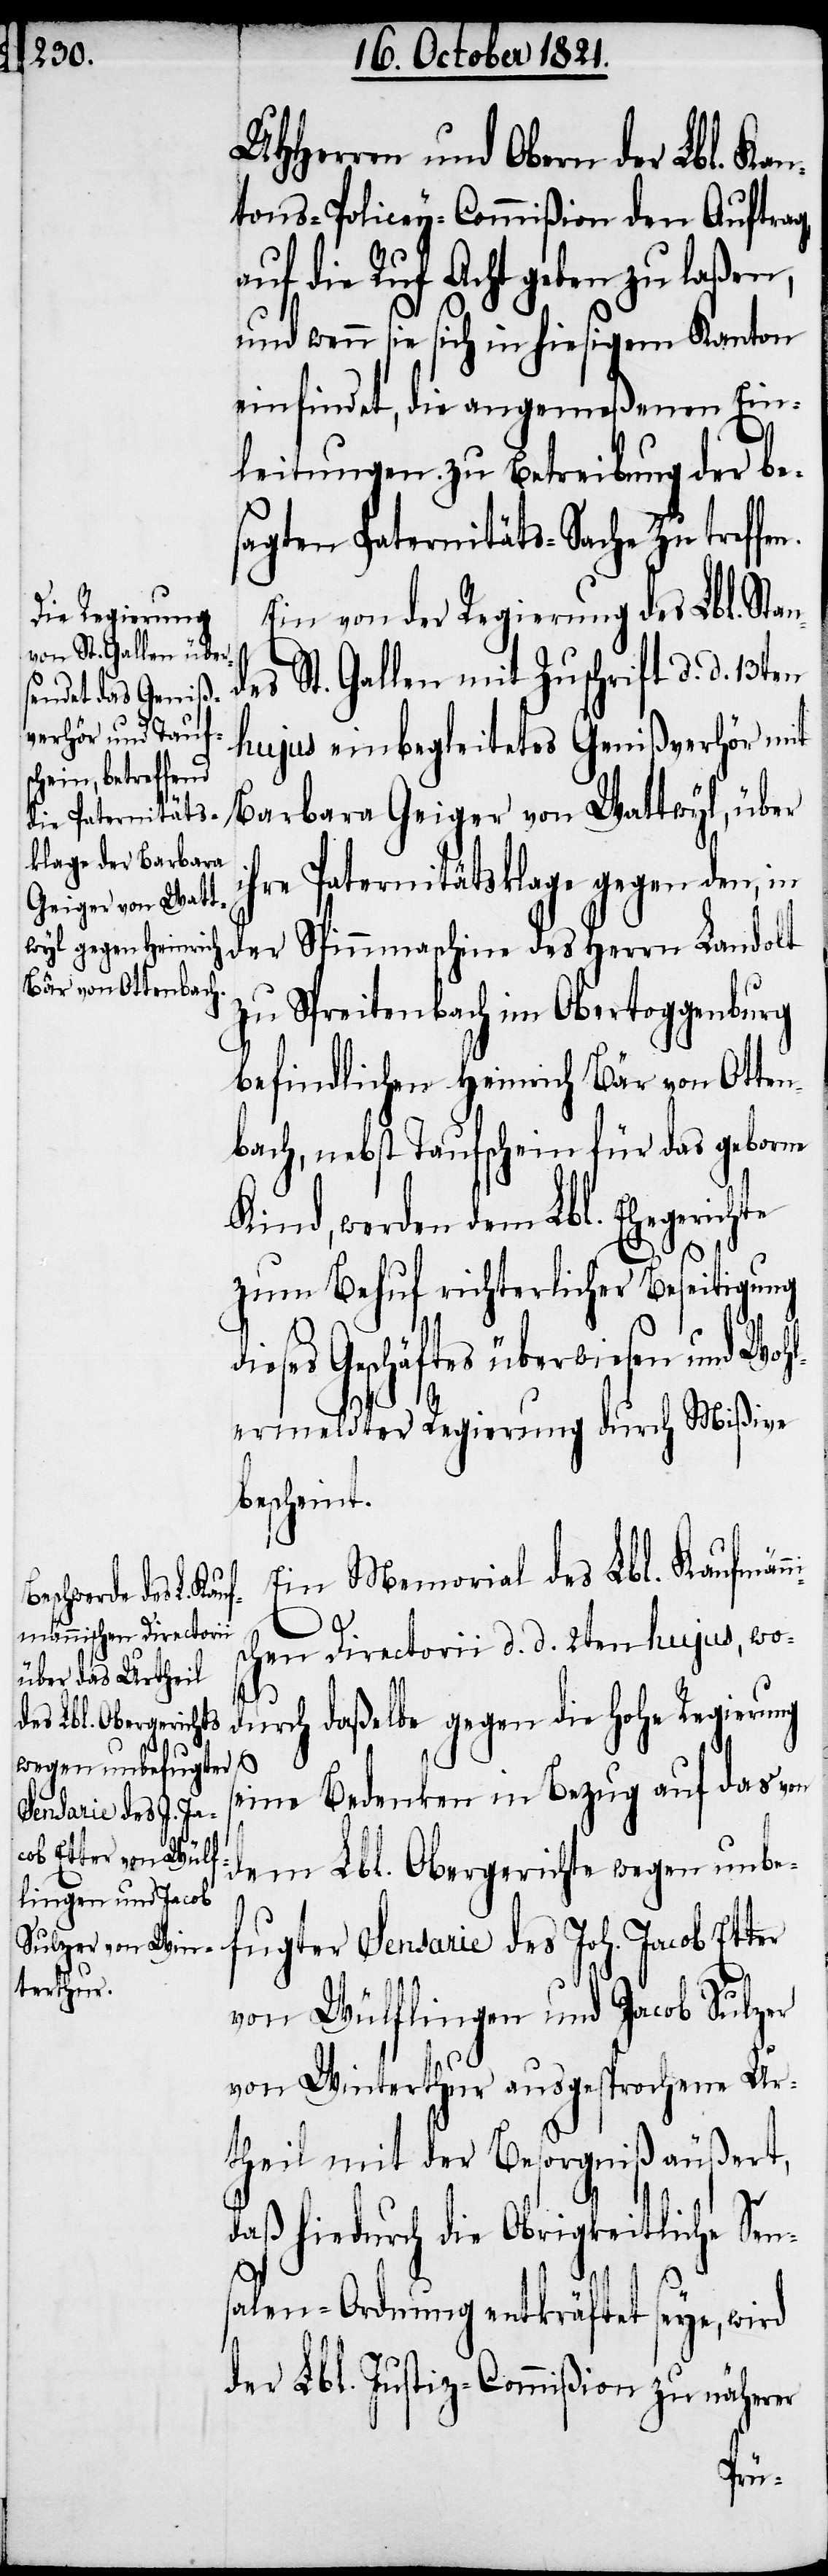
UHHerren und Obern der Lbl. Kan¬
tons-Policey-Commißion den Auftrag,
auf die Ruf Acht geben zu laßen,
und wenn sie sich in hiesigem Kanton
einfindet, die angemeßenen Ein¬
leitungen zu Betreibung der be¬
sagten Paternitäts-Sache zu tref¬
Ein von der Regierung des Lbl. Stan¬
des St. Gallen mit Zuschrift d. d. 13ten
hujus einbegleitetes Genißverhör mit
Barbara Geiger von Wattwyl, über
ihre Paternitätsklage gegen den, in
der Spinnmaschine des Herrn Landolt
zu Spreitenbach im Obertoggenburg
befindlichen Heinrich Bär von Otten¬
bach, nebst Taufschein für das geborne
Kind, werden dem Lbl. Ehegerichte
zum Behuf richterlicher Beseitigung
ieses Geschäftes überwiesen und Wohl¬
ermeldter Regierung durch Mißive
bescheint.
Ein Memorial des Lbl. Kaufmän¬
unbe¬
chen Directorii d. d. 2ten hujus, wo¬
durch daßelbe gegen die hohe Regierung
dem Lbl. Obergerichte
eine Bedenken in Bezug auf das von
fugter Sensarie des Joh. Jacob Etter
von Wülflingen und Jacob Sulzer
von Winterthur ausgesprochene Ur¬
theil mit der Besorgniß äußert,
daß hiedurch die Obrigkeitliche Sen¬
salen-Ordnung entkräftet seye, wird
der Lbl. Justiz-Commißion zu näherer
fen.